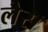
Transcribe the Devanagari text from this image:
लेैस